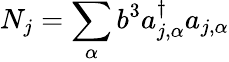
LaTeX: N_{j}=\sum_{\alpha}b^{3}a_{j,\alpha}^{\dagger}a_{j,\alpha}